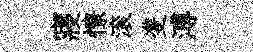
寢憭滚㕠溥